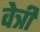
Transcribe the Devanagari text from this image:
वेत्री